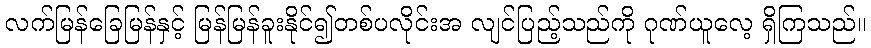
လက်မြန်ခြေမြန်နှင့် မြန်မြန်ခူးနိုင်၍တစ်ပလိုင်းအ လျင်ပြည့်သည်ကို ဂုဏ်ယူလေ့ ရှိကြသည်။